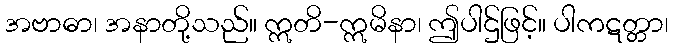
အဗာဓာ၊ အနာတို့သည်။ ဣတိ-ဣမိနာ၊ ဤပါဌ်ဖြင့်။ ပါကဋတ္တာ၊